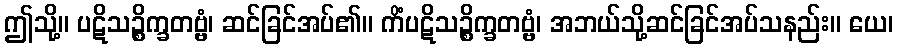
ဤသို့။ ပဋိသဉ္စိက္ခတဗ္ဗံ၊ ဆင်ခြင်အပ်၏။ ကိံပဋိသဉ္စိက္ခတဗ္ဗံ၊ အဘယ်သို့ဆင်ခြင်အပ်သနည်း။ ယေ၊